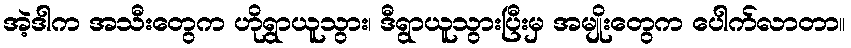
အဲ့ဒါက အသီးတွေက ဟိုရွာယူသွား၊ ဒီရွာယူသွားပြီးမှ အမျိုးတွေက ပေါက်လာတာ။